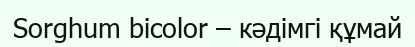
Sorghum bicolor – кәдімгі құмай